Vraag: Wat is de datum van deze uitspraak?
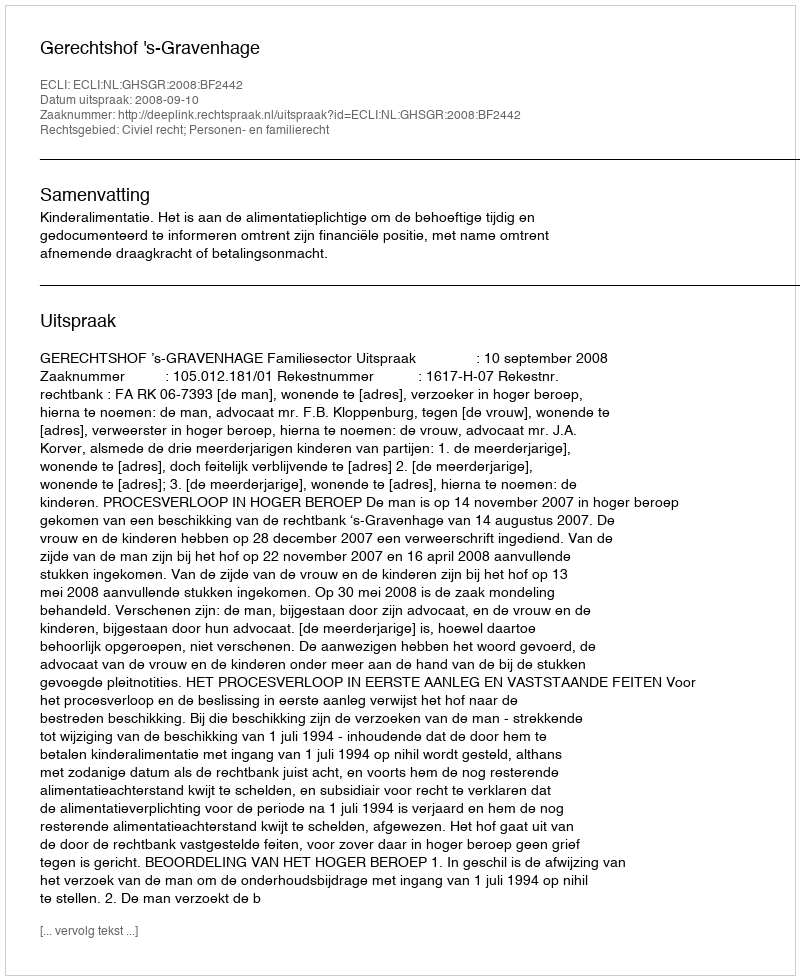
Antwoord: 2008-09-10